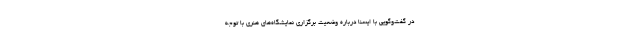
در گفت‌وگویی با ایسنا درباره وضعیت برگزاری نمایشگاه‌های هنری با توجه